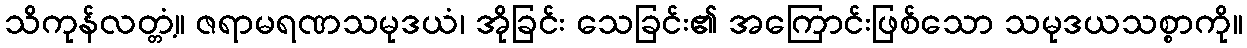
သိကုန်လတ္တံ့။ ဇရာမရဏသမုဒယံ၊ အိုခြင်း သေခြင်း၏ အကြောင်းဖြစ်သော သမုဒယသစ္စာကို။